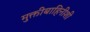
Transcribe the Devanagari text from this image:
मुक्तीबाहिनीशी